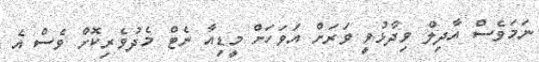
ނަމަވެސް އާދިލް ވިދާޅުވީ ވަރަށް އަވަހަށް މީޑިއާ ނެޓް މެދުވެރިކޮށް ވެސް އެ